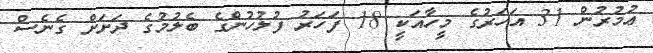
ޢުމުރުން 31 އަހަރުގެ މީހާއަކީ 18 ފަހަރު ފުލުހުންގެ ބެލުމުގެ ދަށަށް ގެނެސް